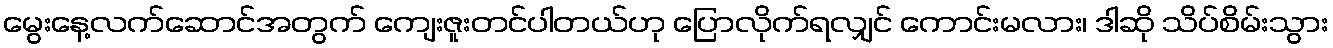
မွေးနေ့လက်ဆောင်အတွက် ကျေးဇူးတင်ပါတယ်ဟု ပြောလိုက်ရလျှင် ကောင်းမလား၊ ဒါဆို သိပ်စိမ်းသွား